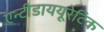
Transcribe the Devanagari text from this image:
एन्टीडाययूरेटिक